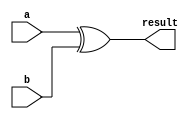
module xor_(a,b,result);
  input[31:0] a,b;
  output[31:0] result;

  assign result = a ^ b;

endmodule